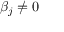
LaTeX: \beta _ { j } \neq 0